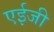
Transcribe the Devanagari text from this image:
एईजी